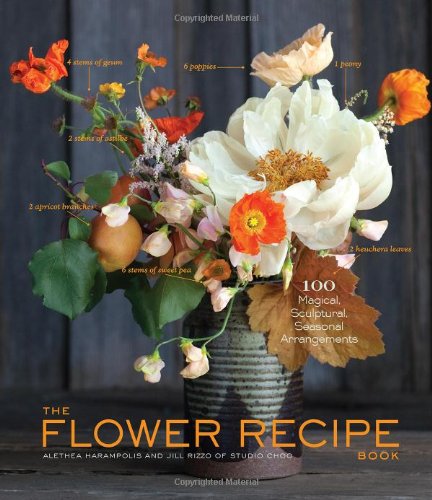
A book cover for The Flower Recipe Book; Alethea Harampolis; Crafts, Hobbies & Home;